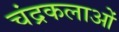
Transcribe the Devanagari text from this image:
चंद्रकलाओं